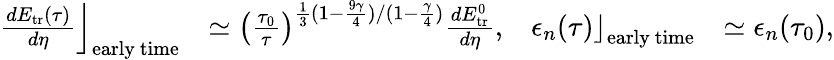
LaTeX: \begin{array}{rlrl}{\left.\frac{dE_{\mathrm{tr}}(\tau)}{d\eta}\right\rfloor_{\mathrm{early~time}}}&{\simeq\left(\frac{\tau_{0}}{\tau}\right)^{\frac{1}{3}(1-\frac{9\gamma}{4})/(1-\frac{\gamma}{4})}\frac{dE_{\mathrm{tr}}^{0}}{d\eta},}&{\left.\epsilon_{n}(\tau)\right\rfloor_{\mathrm{early~time}}}&{\simeq\epsilon_{n}(\tau_{0}),}\end{array}